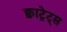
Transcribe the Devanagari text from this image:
क्वाट्रेट्स